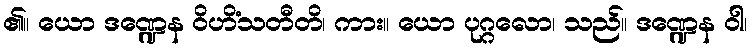
၏။ ယော ဒဏ္ဍေန ဝိဟိံသတီတိ၊ ကား။ ယော ပုဂ္ဂလော၊ သည်။ ဒဏ္ဍေန ဝါ၊